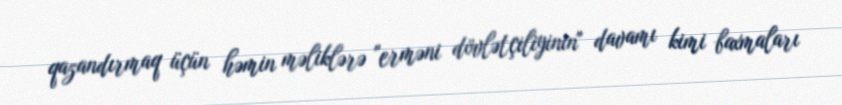
qazandırmaq üçün həmin məliklərə "erməni dövlətçiliyinin" davamı kimi baxmaları